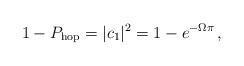
LaTeX: \begin{align*}1 - P_{\rm hop} = |c_1|^2 = 1 - e^{-\Omega\pi}\,,\end{align*}